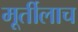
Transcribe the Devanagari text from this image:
मूर्तीलाच